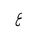
Letter: _ayn